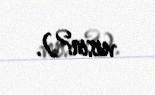
versin?).